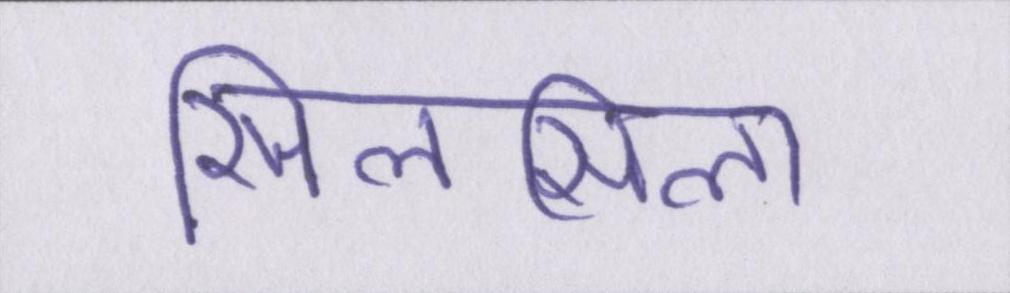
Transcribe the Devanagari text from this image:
सिलसिला